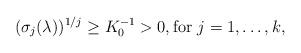
LaTeX: \begin{align*} (\sigma_j(\lambda))^{1/j} \geq {} K_0^{-1}>0,\textrm{for } j=1, \ldots, k,\end{align*}